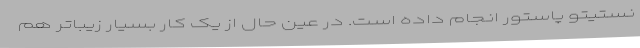
نستیتو پاستور انجام داده است. در عین حال از یک کار بسیار زیباتر هم